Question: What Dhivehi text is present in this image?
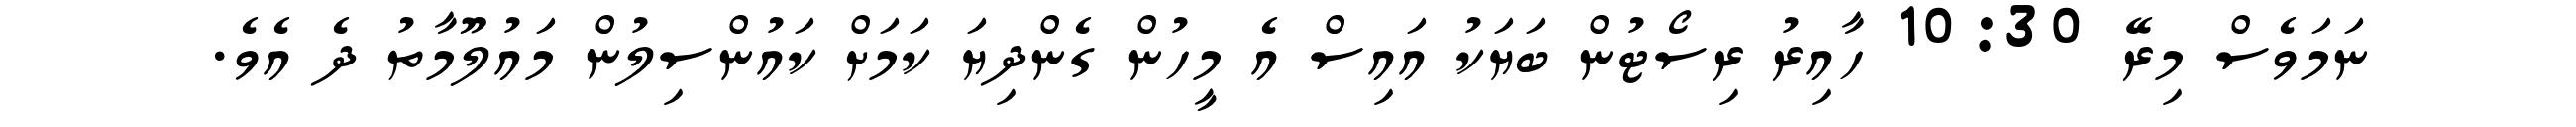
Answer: ނަމަވެސް މިރޭ 10:30 ހާއިރު ރިސޯޓުން ބަޔަކު އައިސް އެ މީހުން ގެންދިޔަ ކަމަށް ކައުންސިލުން މައުލޫމާތު ދެ އެވެ.